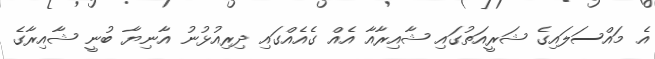
އެ މައްސަލައިގެ ޝަރީއަތުގައި ޝާއިރާއާ އެއް ގެއެއްގައި ދިރިއުޅުނު އާނިޔާ ބުނީ ޝާއިރާގެ